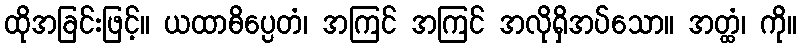
ထိုအခြင်းဖြင့်။ ယထာဓိပ္ပေတံ၊ အကြင် အကြင် အလိုရှိအပ်သော။ အတ္ထံ၊ ကို။